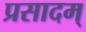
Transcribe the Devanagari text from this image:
प्रसादम्